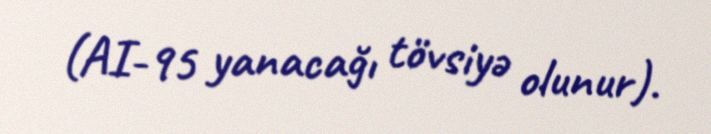
(AI-95 yanacağı tövsiyə olunur).